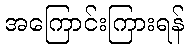
အကြောင်းကြားရန်